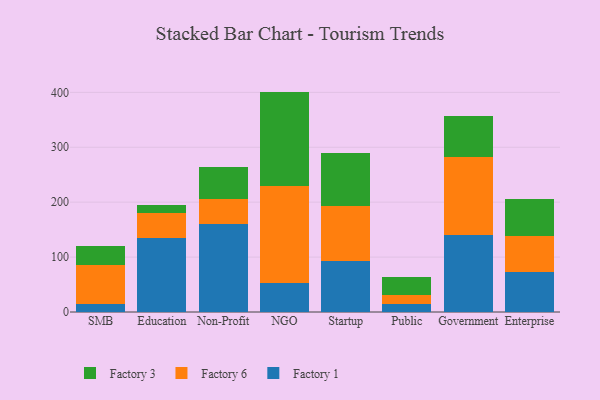
{"axis": {"x": "Segment", "y": "Headcount"}, "legend": ["Factory 1", "Factory 3", "Factory 6"], "data": [{"x": "SMB", "y": 14.8, "type": "Factory 1"}, {"x": "SMB", "y": 69.9, "type": "Factory 6"}, {"x": "SMB", "y": 35.5, "type": "Factory 3"}, {"x": "Education", "y": 134.0, "type": "Factory 1"}, {"x": "Education", "y": 46.9, "type": "Factory 6"}, {"x": "Education", "y": 14.2, "type": "Factory 3"}, {"x": "Non-Profit", "y": 159.5, "type": "Factory 1"}, {"x": "Non-Profit", "y": 46.4, "type": "Factory 6"}, {"x": "Non-Profit", "y": 58.7, "type": "Factory 3"}, {"x": "NGO", "y": 53.2, "type": "Factory 1"}, {"x": "NGO", "y": 176.3, "type": "Factory 6"}, {"x": "NGO", "y": 171.9, "type": "Factory 3"}, {"x": "Startup", "y": 92.9, "type": "Factory 1"}, {"x": "Startup", "y": 100.1, "type": "Factory 6"}, {"x": "Startup", "y": 96.9, "type": "Factory 3"}, {"x": "Public", "y": 14.1, "type": "Factory 1"}, {"x": "Public", "y": 16.2, "type": "Factory 6"}, {"x": "Public", "y": 33.6, "type": "Factory 3"}, {"x": "Government", "y": 140.0, "type": "Factory 1"}, {"x": "Government", "y": 141.5, "type": "Factory 6"}, {"x": "Government", "y": 75.0, "type": "Factory 3"}, {"x": "Enterprise", "y": 72.4, "type": "Factory 1"}, {"x": "Enterprise", "y": 66.7, "type": "Factory 6"}, {"x": "Enterprise", "y": 67.5, "type": "Factory 3"}]}